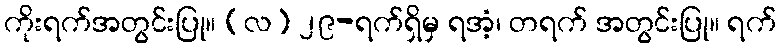
ကိုးရက်အတွင်းပြု။ (လ) ၂၉-ရက်ရှိမှ ရအံ့၊ တရက် အတွင်းပြု။ ရက်